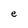
Character: e